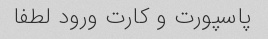
پاسپورت و کارت ورود لطفا